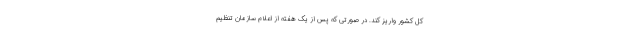
کل کشور واریز کند. در صورتی که پس از یک هفته از اعلام سازمان تنظیم